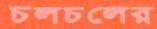
চলচলের